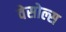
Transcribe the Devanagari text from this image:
वेसोल्स